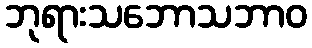
ဘုရားသဘောသဘာဝ